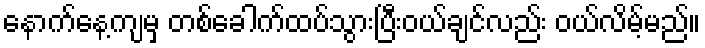
နောက်နေ့ကျမှ တစ်ခေါက်ထပ်သွားပြီးဝယ်ချင်လည်း ဝယ်လိမ့်မည်။